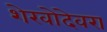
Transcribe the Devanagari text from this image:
शेखोदेवरा